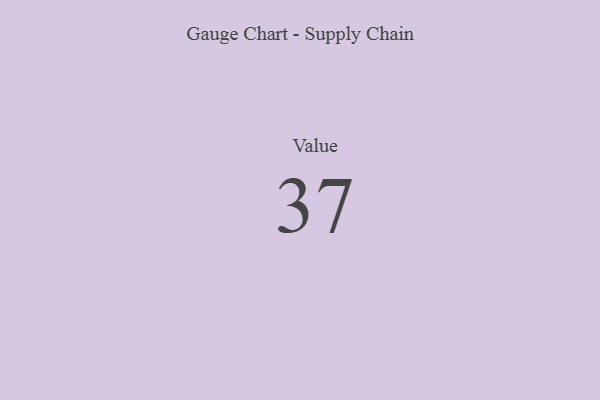
{"axis": {"x": "Metric", "y": "Value"}, "legend": [""], "data": [{"x": "Value", "y": 37, "type": ""}]}